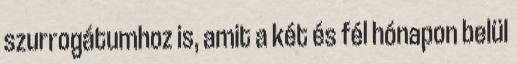
szurrogátumhoz is, amit a két és fél hónapon belül